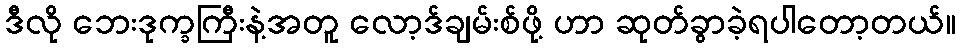
ဒီလို ဘေးဒုက္ခကြီးနဲ့အတူ လော့ဒ်ချမ်းစ်ဖို့ ဟာ ဆုတ်ခွာခဲ့ရပါတော့တယ်။